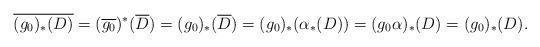
LaTeX: \begin{align*} \overline{(g_0)_* (D)} = (\overline{g_0})^* (\overline{D}) = (g_0)_* (\overline{D}) = (g_0)_* (\alpha_* (D)) = (g_0 \alpha)_* (D) = (g_0)_* (D).\end{align*}